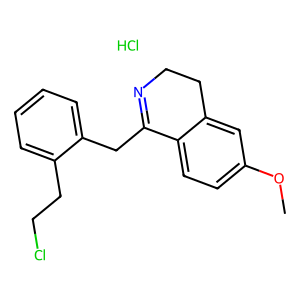
SMILES: COc1ccc2c(c1)CCN=C2Cc1ccccc1CCCl.Cl
Inhibits HIV replication: No